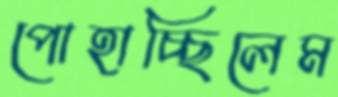
পোহাচ্ছিলেম